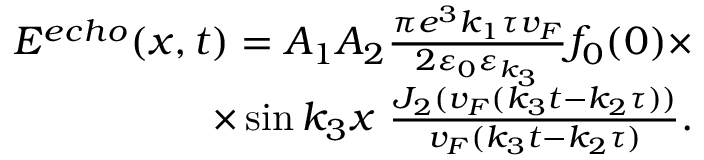
\begin{array} { r } { E ^ { e c h o } ( x , t ) = A _ { 1 } A _ { 2 } \frac { \pi e ^ { 3 } k _ { 1 } \tau v _ { F } } { 2 \varepsilon _ { 0 } \varepsilon _ { k _ { 3 } } } f _ { 0 } ( 0 ) \times } \\ { \times \sin k _ { 3 } x \ \frac { J _ { 2 } ( v _ { F } ( k _ { 3 } t - k _ { 2 } \tau ) ) } { v _ { F } ( k _ { 3 } t - k _ { 2 } \tau ) } . } \end{array}